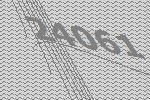
24061